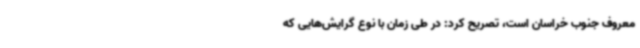
معروف جنوب خراسان است، تصریح کرد: در طی زمان با نوع گرایش‌هایی که